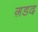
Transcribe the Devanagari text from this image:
ग़डद